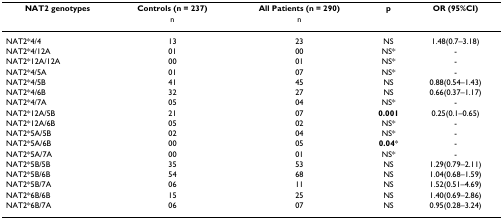
| NAT2 genotypes | Controls (n = 237) | All Patients (n = 290) | p | OR (95%CI) |
 |  | n | n |  |  |
 | --- | --- | --- | --- | --- |
 | NAT2*4/4 | 13 | 23 | NS | 1.48(0.7–3.18) |
 | NAT2*4/12A | 01 | 00 | NS* | - |
 | NAT2*12A/12A | 00 | 01 | NS* | - |
 | NAT2*4/5A | 01 | 07 | NS* | - |
 | NAT2*4/5B | 41 | 45 | NS | 0.88(0.54–1.43) |
 | NAT2*4/6B | 32 | 27 | NS | 0.66(0.37–1.17) |
 | NAT2*4/7A | 05 | 04 | NS* | - |
 | NAT2*12A/5B | 21 | 07 | 0.001 | 0.25(0.1–0.65) |
 | NAT2*12A/6B | 05 | 02 | NS* | - |
 | NAT2*5A/5B | 02 | 04 | NS* | - |
 | NAT2*5A/6B | 00 | 05 | 0.04* | - |
 | NAT2*5A/7A | 00 | 01 | NS* | - |
 | NAT2*5B/5B | 35 | 53 | NS | 1.29(0.79–2.11) |
 | NAT2*5B/6B | 54 | 68 | NS | 1.04(0.68–1.59) |
 | NAT2*5B/7A | 06 | 11 | NS | 1.52(0.51–4.69) |
 | NAT2*6B/6B | 15 | 25 | NS | 1.40(0.69–2.86) |
 | NAT2*6B/7A | 06 | 07 | NS | 0.95(0.28–3.24) |